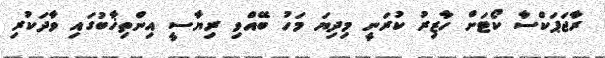
ރާޖަޕަކްސާ ކޯޓަށް ހާޒިރު ކުރަނީ މިދިޔަ މަހު ބޭއްވި ރިޔާސީ އިންތިޚާބުގައި ވާދަކުރި